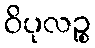
ဝိပုလဉ္စ